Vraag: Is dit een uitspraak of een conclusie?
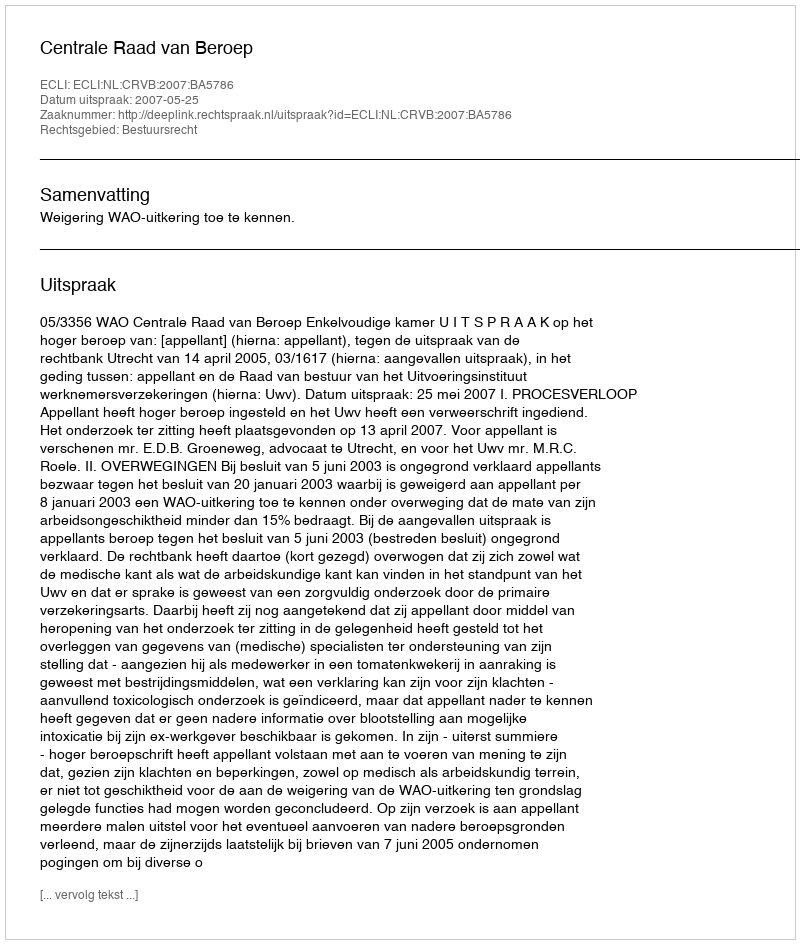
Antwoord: Uitspraak